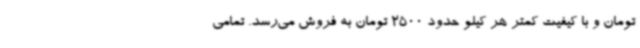
تومان و با کیفیت کمتر هر کیلو حدود 2500 تومان به فروش می‌رسد. تمامی